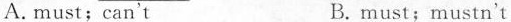
A. must;can`t B.must;mustn't